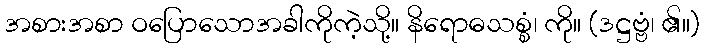
အစားအစာ ဝပြောသောအခါကိုကဲ့သို့။ နိရောဓသစ္စံ၊ ကို။ (ဒဋ္ဌဗ္ဗံ၊ ၏။)